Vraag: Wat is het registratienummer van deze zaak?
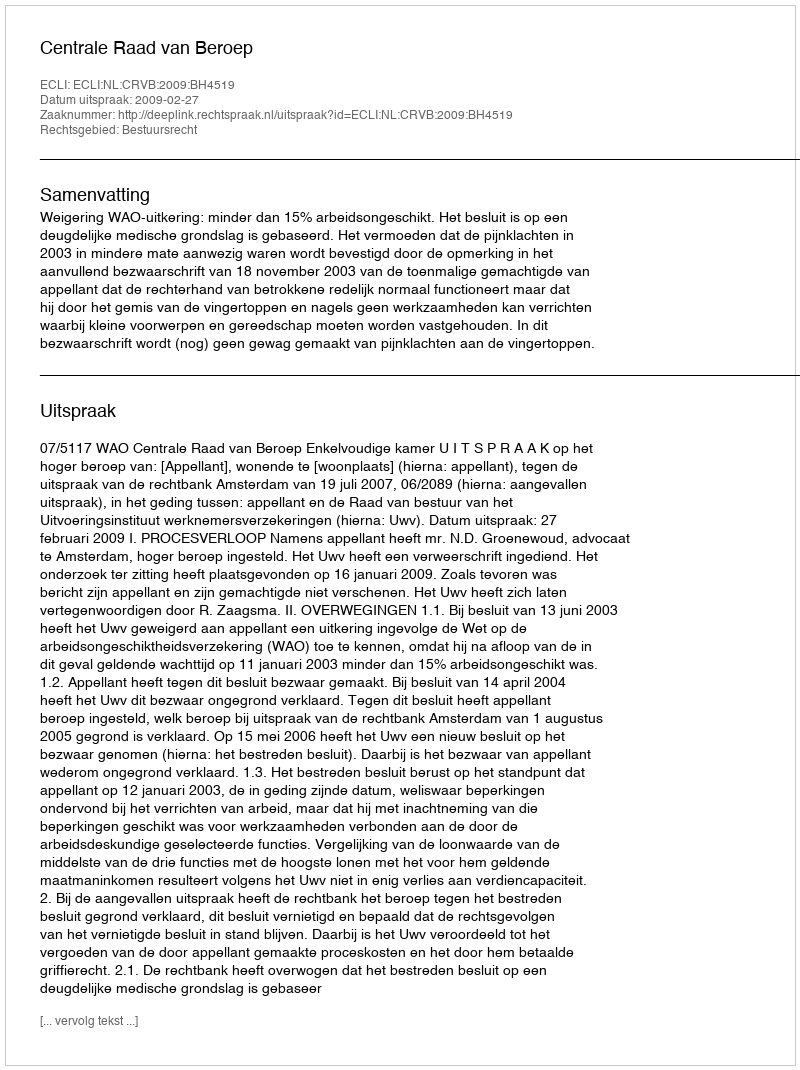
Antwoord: http://deeplink.rechtspraak.nl/uitspraak?id=ECLI:NL:CRVB:2009:BH4519